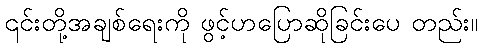
၎င်းတို့အချစ်ရေးကို ဖွင့်ဟပြောဆိုခြင်းပေ တည်း။